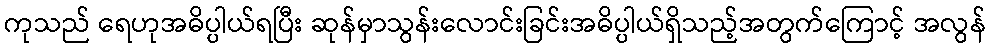
ကုသည် ရေဟုအဓိပ္ပါယ်ရပြီး ဆုန်မှာသွန်းလောင်းခြင်းအဓိပ္ပါယ်ရှိသည့်အတွက်ကြောင့် အလွန်